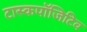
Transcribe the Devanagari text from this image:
टास्कपॉजिटिव